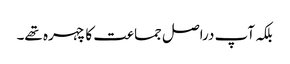
بلکہ آپ دراصل جماعت کا چہرہ تھے۔